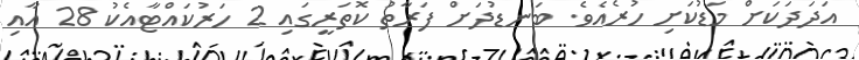
އަދަދަކަށް މަޑުކަށި ހުރެއެވެ. ބަނޑުދަށް ފަރާތު ކޮތަރީގައި 2 ހަރުކައްޓާއެކު 28 އާއި